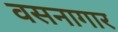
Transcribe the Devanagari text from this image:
वसनागार